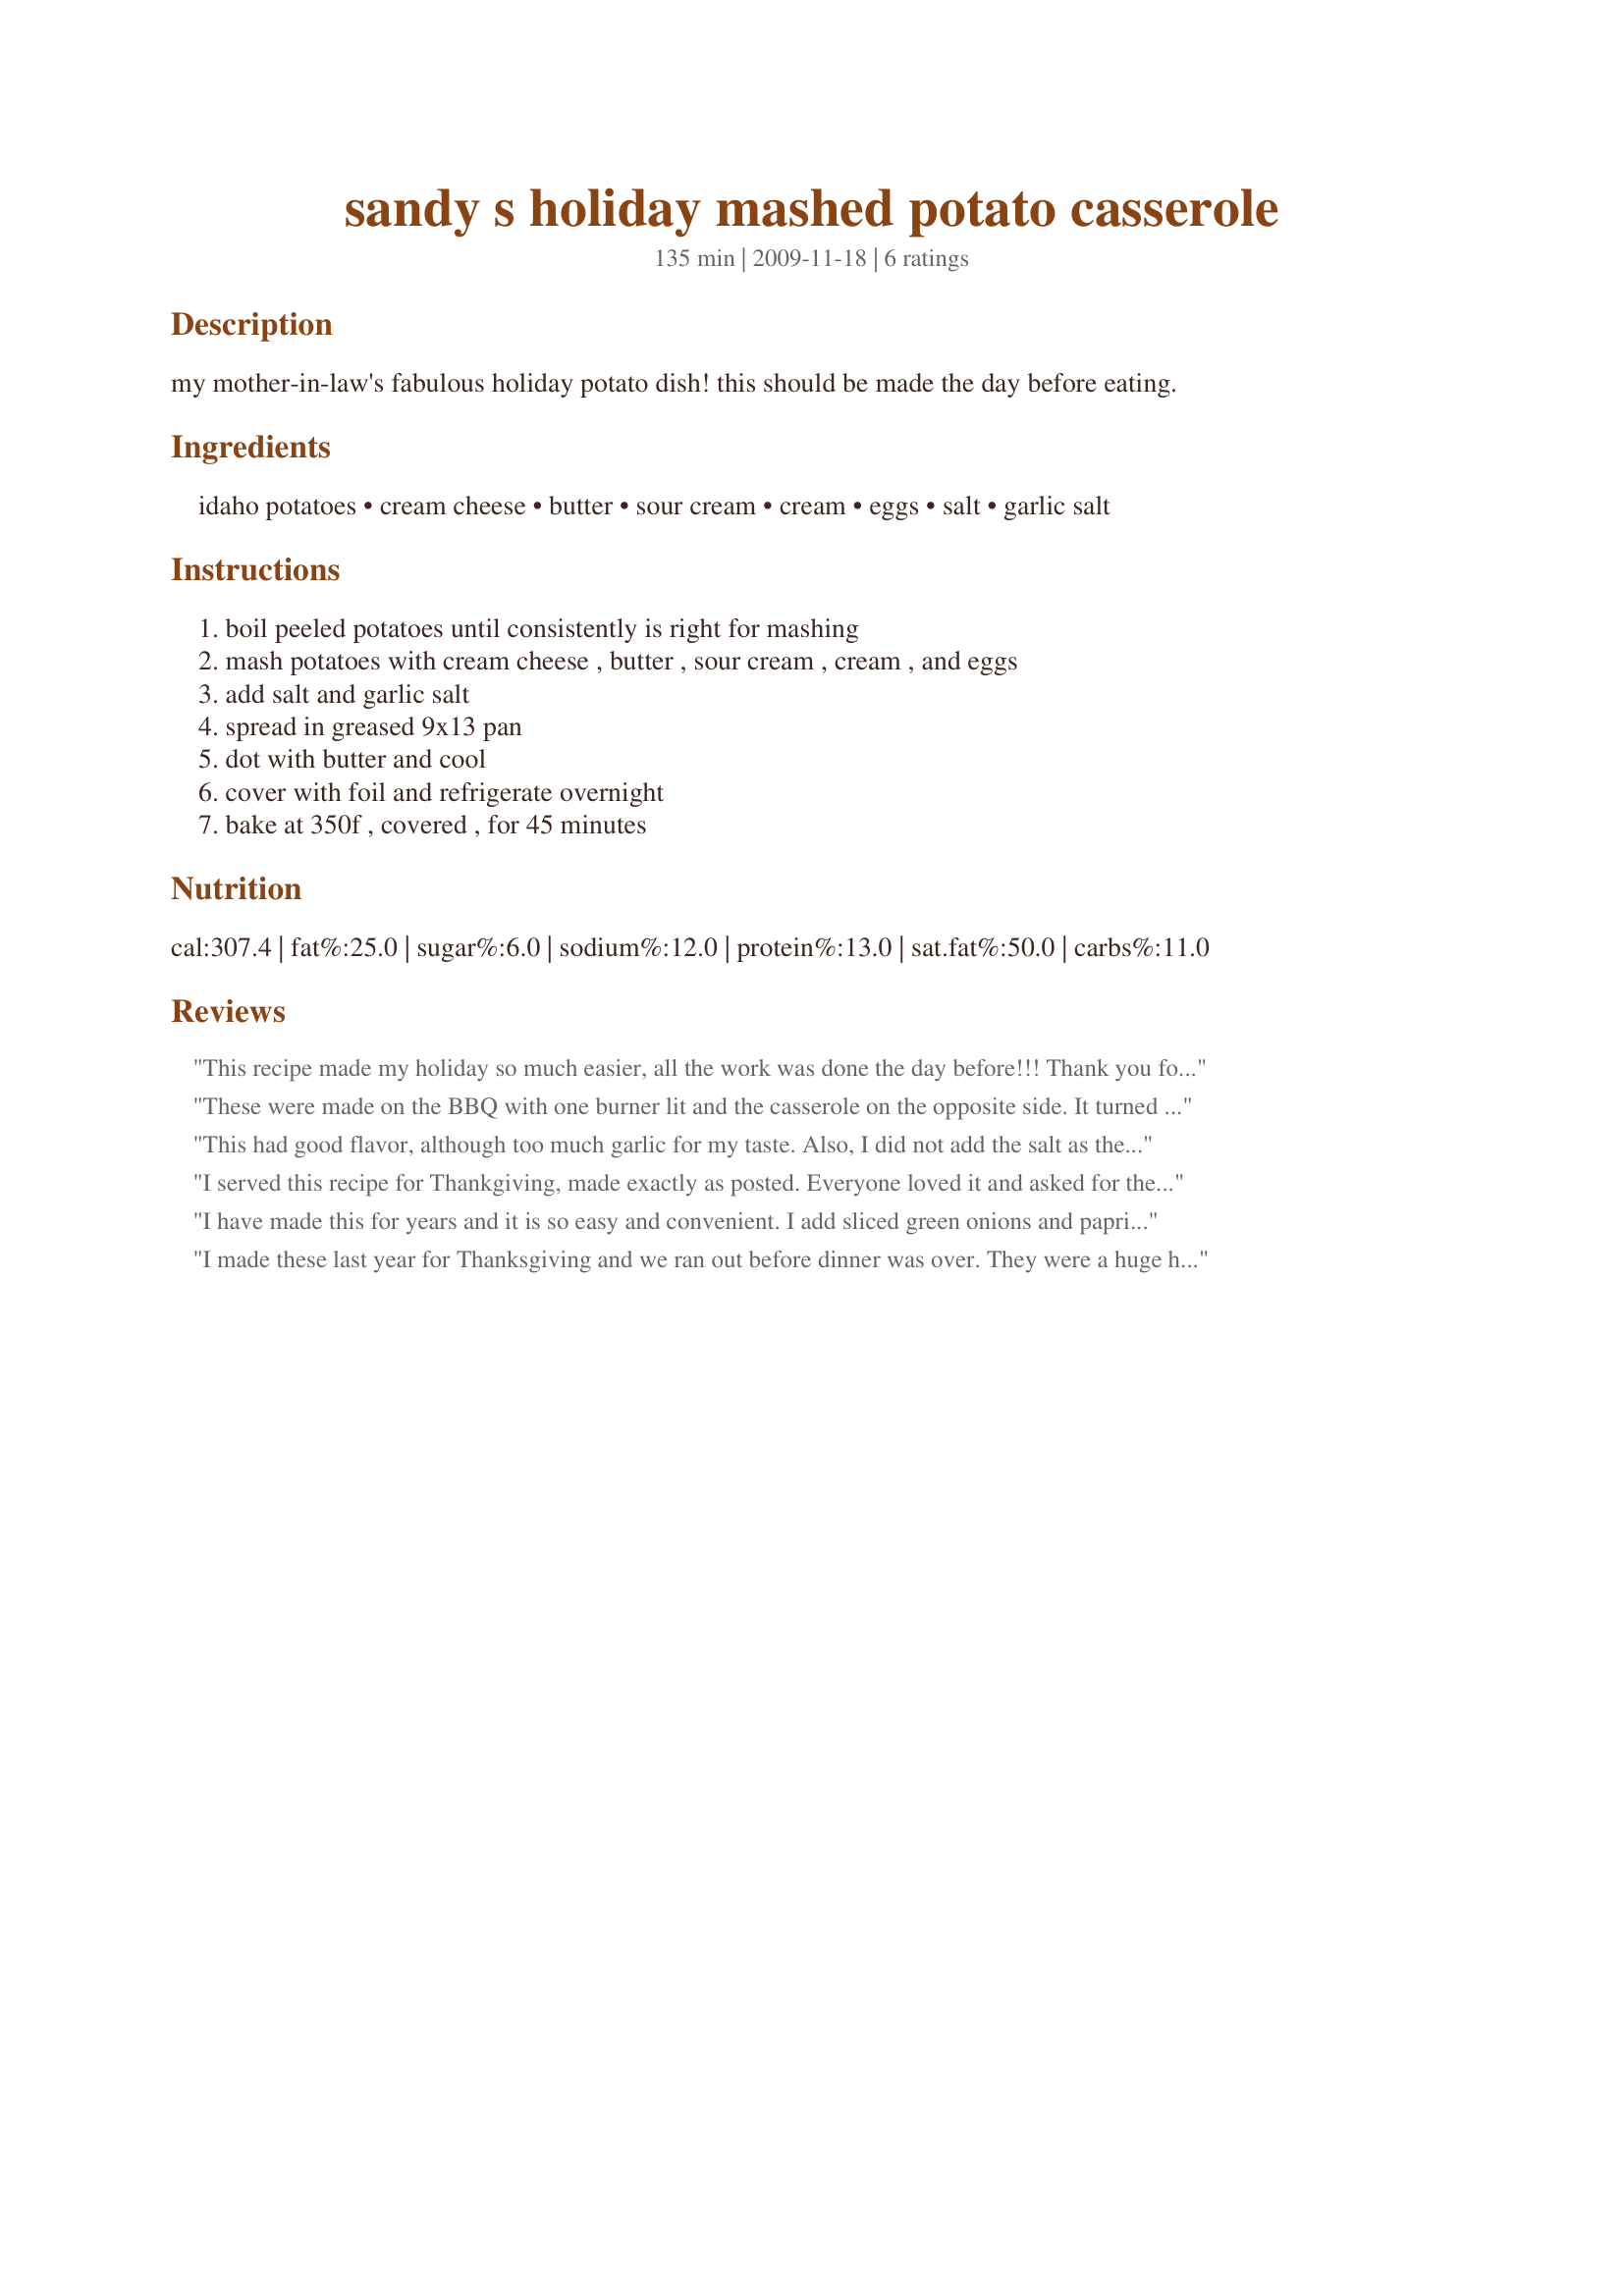
sandy s holiday mashed potato casserole
Preparation time: 135 minutes

my mother-in-law's fabulous holiday potato dish! this should be made the day before eating.

Ingredients:
idaho potatoes, cream cheese, butter, sour cream, cream, eggs, salt, garlic salt

Steps:
boil peeled potatoes until consistently is right for mashing, mash potatoes with cream cheese , butter , sour cream , cream , and eggs, add salt and garlic salt, spread in greased 9x13 pan, dot with butter and cool, cover with foil and refrigerate overnight, bake at 350f , covered , for 45 minutes

Reviews:
This recipe made my holiday so much easier, all the work was done the day before!!! Thank you for posting this great recipe.
These were made on the BBQ with one burner lit and the casserole on the opposite side. It turned out wonderful.
Thanks for sharing :)
This had good flavor, although too much garlic for my taste. Also, I did not add the salt as the garlic salt was enough. Most of my family really enjoyed these. I will make them again.
I served this recipe for Thankgiving, made exactly as posted. Everyone loved it and asked for the recipe. Without question it deserves a 5 star rating.
I have made this for years and it is so easy and convenient. I add sliced green onions and paprika on top after baking.
I made these last year for Thanksgiving and we ran out before dinner was over. They were a huge hit and I've been instructed to make double the amount this year! These are really delicious:)
